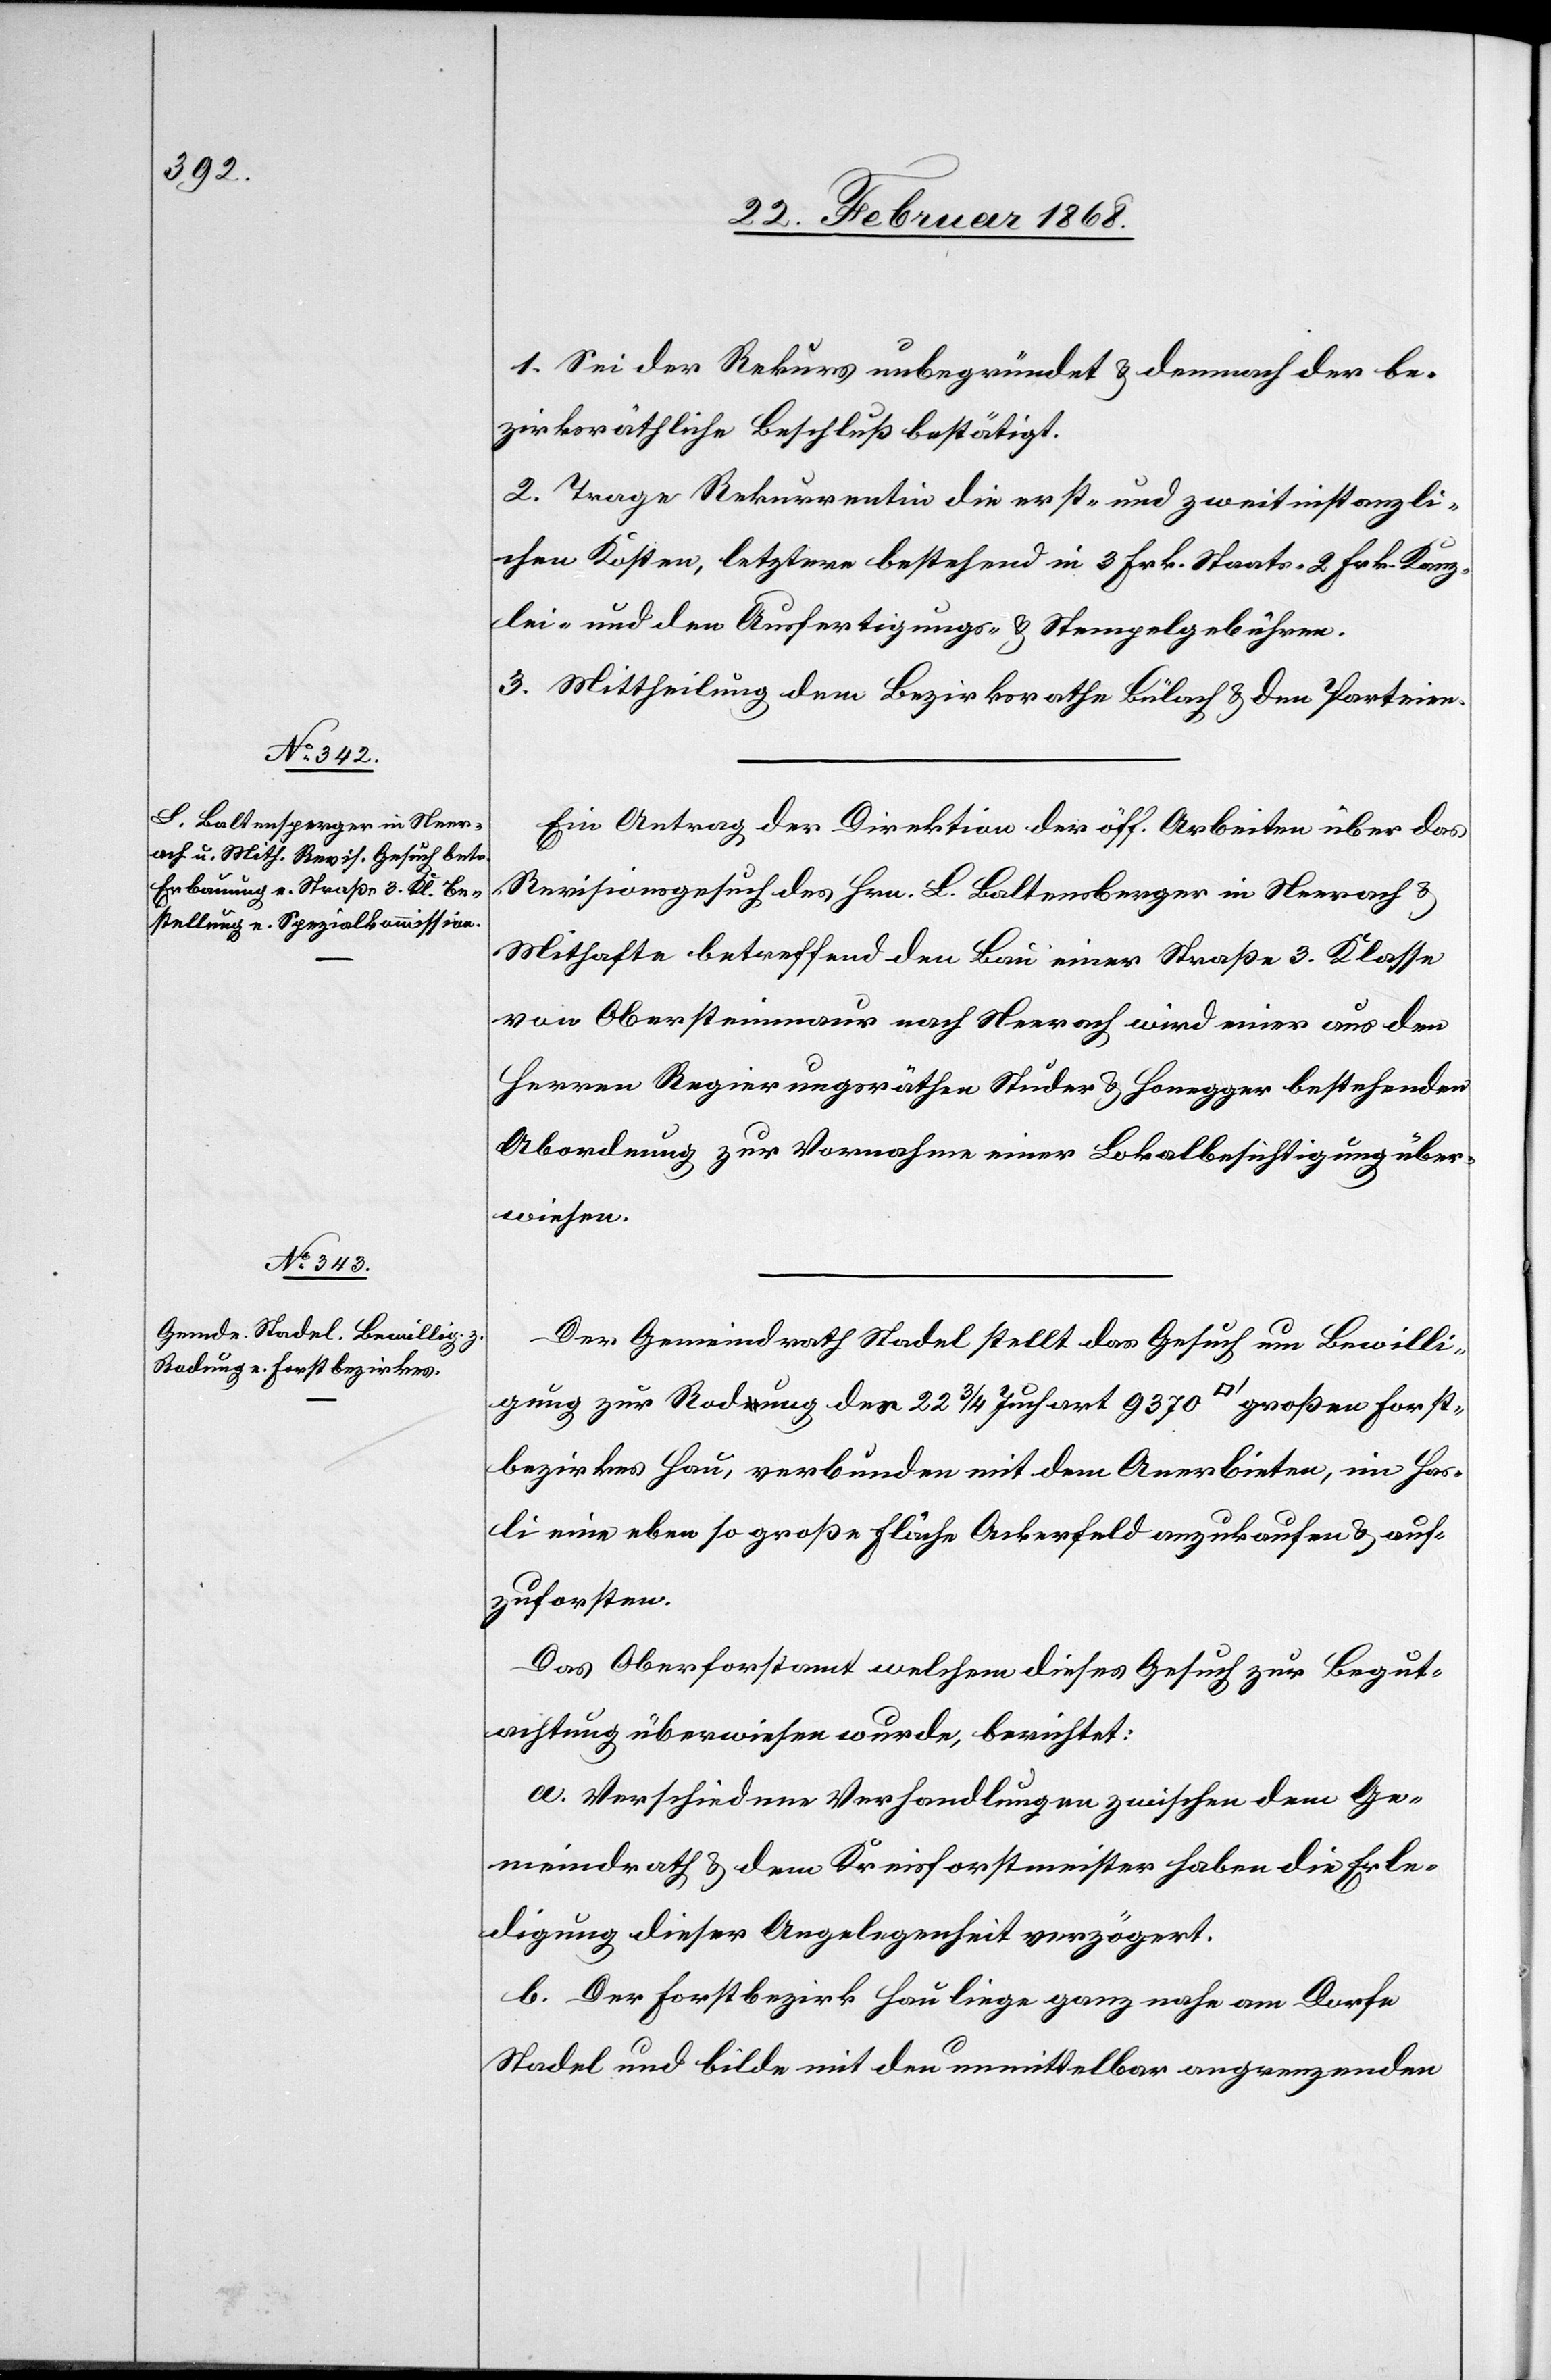
1. Sei der Rekurs unbegründet & demnach der be¬
zirksräthliche Beschluß bestätigt.
2. Trage Rekurrentin die erst- und zweitinstanzli¬
chen Kosten, letztere bestehend in 3 Frk. Staats-[,] 2 Frk. Kanz¬
lei- und den Ausfertigungs- & Stempelgebühren.
3. Mittheilung dem Bezirksrathe Bülach & den Parteien.
Ein Antrag der Direktion der öff. Arbeiten über das
Revisionsgesuch des Hrn. L. Baltensberger [sic!] in Neerach &
Mithafte betreffend den Bau einer Straße 3. Klasse
von Obersteinmaur nach Neerach wird einer aus den
Herren Regierungsräthen Studer & Honegger bestehenden
Abordnung zur Vornahme einer Lokalbesichtigung über¬
wiesen.
Der Gemeindrath Stadel stellt das Gesuch um Bewilli¬
gung zur Rodung des 22 3/4 Juchart 9370 [Quadratfuß] großen Forst¬
bezirkes Hau, verbunden mit dem Anerbieten, im Has¬
li eine eben so große Fläche Ackerfeld anzukaufen & auf¬
zuforsten.
Das Oberforstamt welchem dieses Gesuch zur Begut¬
achtung überwiesen wurde, berichtet:
a. Verschiedene Verhandlungen zwischen dem Ge¬
meindrath & dem Kreisforstmeister haben die Erle¬
digung dieser Angelegenheit verzögert.
b. Der Forstbezirk Hau liege ganz nahe am Dorfe
Stadel und bilde mit den unmittelbar angrenzenden